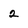
Character: 2